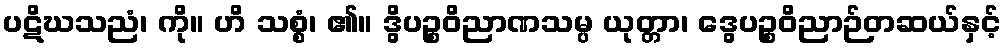
ပဋိဃသညံ၊ ကို။ ဟိ သစ္စံ၊ ၏။ ဒွိပဉ္စဝိညာဏသမ္ပ ယုတ္တာ၊ ဒွေပဉ္စဝိညာဉ်တဆယ်နှင့်